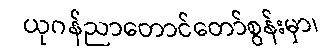
ယုဂန်ညာတောင်တော်စွန်းမှာ၊